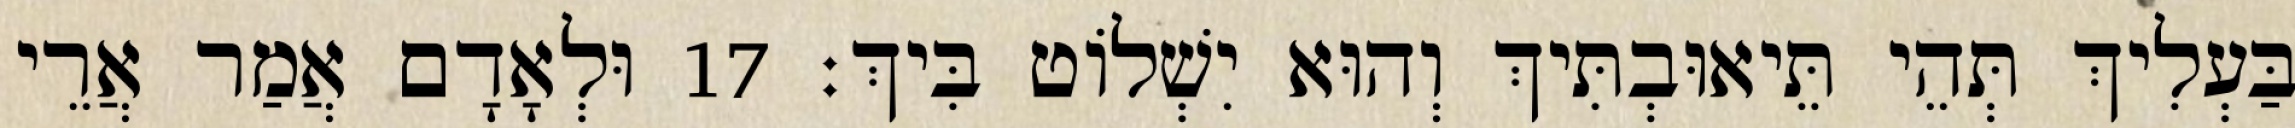
בַּעְלִיךְ תְּהֵי תֵּיאוּבְתִּיךְ וְהוּא יִשְׁלוֹט בִּיךְ׃ 17 וּלְאָדָם אֲמַר אֲרֵי